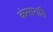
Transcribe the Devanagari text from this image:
कंसाराति